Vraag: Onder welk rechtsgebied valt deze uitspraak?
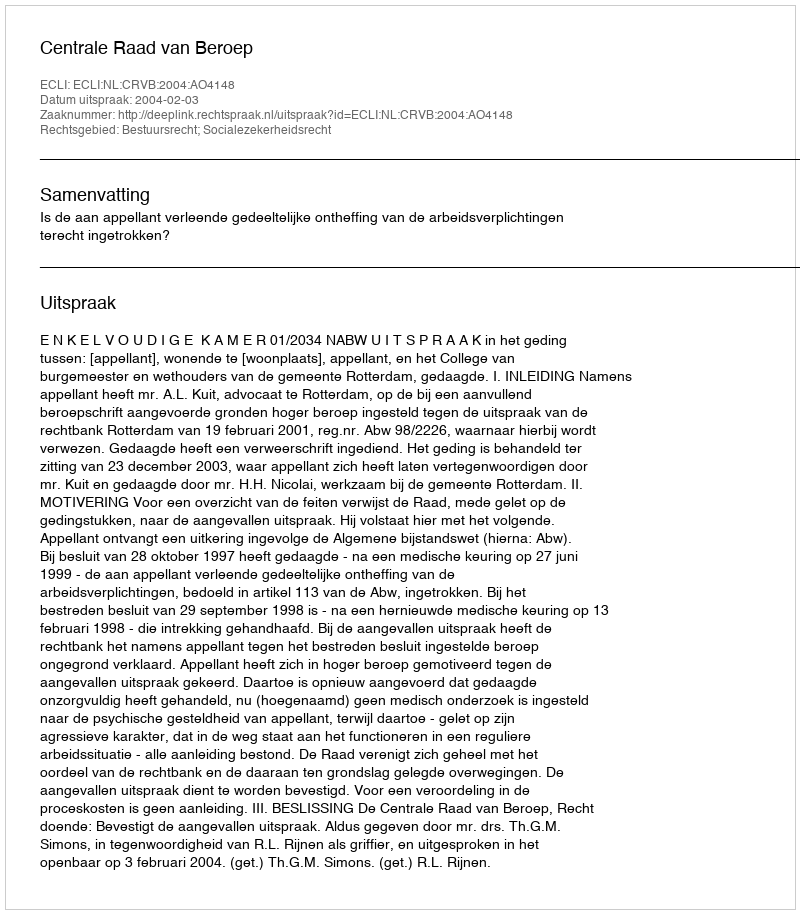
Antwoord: Bestuursrecht; Socialezekerheidsrecht